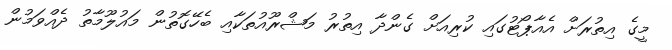
މީގެ އިތުރަށް އެއާޕޯޓުގައި ކުރިއަށް ގެންދާ އިތުރު މަޝްރޫއުތަކާއި ބެހޭގޮތުން މައުލޫމާތު ދެއްވަމުން